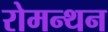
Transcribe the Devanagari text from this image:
रोमन्थन